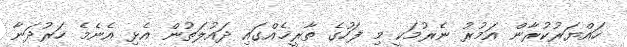
ހައްޔަރުކުރާން އަމުރު ނެރުމަކީ މި ފަހުގެ ތާރީޚެއްގައި ދައުލަތުން އެޅި އެނެމެ ހަރުދަނާ